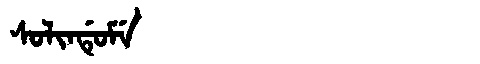
Manchu: ᠰᠣᠯᡳᠨᡩᡠᠮᡝ
Romanization: SOLINDUME